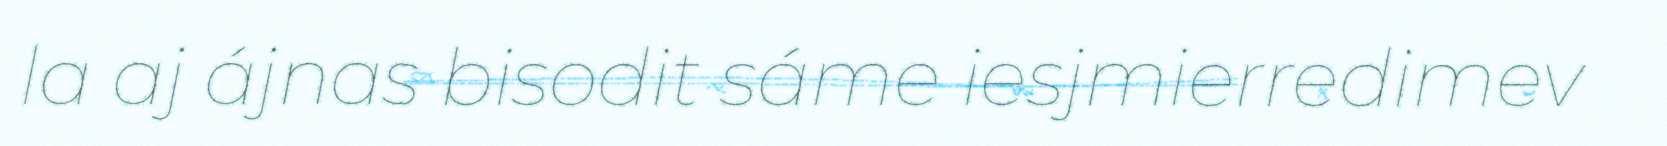
la aj ájnas bisodit sáme iesjmierredimev